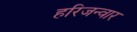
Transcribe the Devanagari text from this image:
हरिजन्वार